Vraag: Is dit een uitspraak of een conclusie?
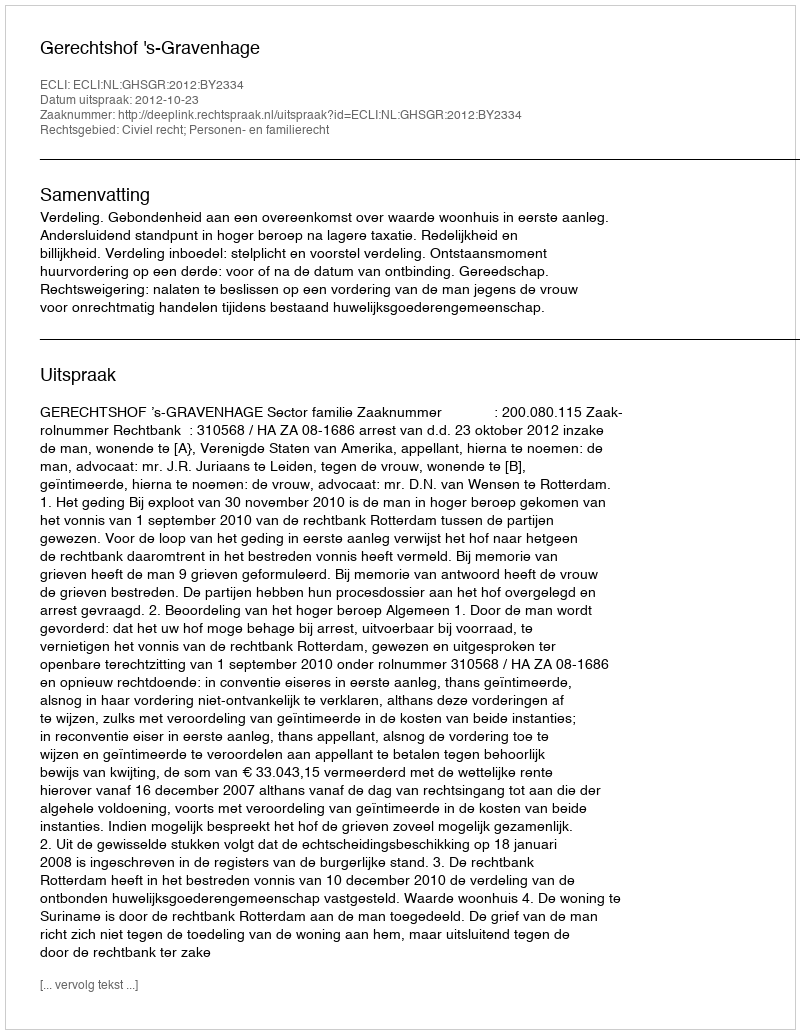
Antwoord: Uitspraak